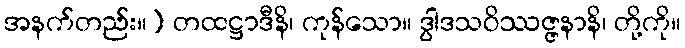
အနက်တည်း။) တထဋ္ဌာဒီနိ၊ ကုန်သော။ ဒွါဒသဝိဿဇ္ဇနာနိ၊ တို့ကို။